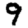
Digit: 9